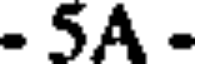
- 5A -